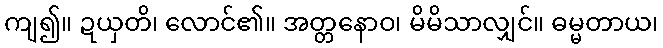
ကျ၍။ ဍယှတိ၊ လောင်၏။ အတ္တနောဝ၊ မိမိသာလျှင်။ ဓမ္မတာယ၊